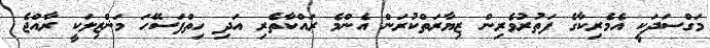
މަގްސަދަކީ އެމެރިކާގެ ފަތުރުވެރިން ޒިޔާރަތްކުރަން އެންމެ ރައްކާތެރި އަދި ހިތްފަސޭހަ މަންޒިލަކީ ރާއްޖެ